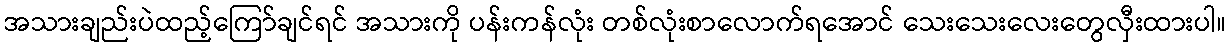
အသားချည်းပဲထည့်ကြော်ချင်ရင် အသားကို ပန်းကန်လုံး တစ်လုံးစာလောက်ရအောင် သေးသေးလေးတွေလှီးထားပါ။